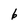
Character: 6